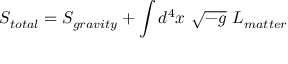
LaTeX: S _ { t o t a l } = S _ { g r a v i t y } + \int d ^ { 4 } x ~ \sqrt { - g } ~ { \cal { L } } _ { m a t t e r }